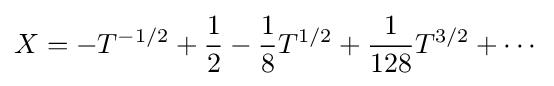
X=-T^{-1/2}+{\frac {1}{2}}-{\frac {1}{8}}T^{1/2}+{\frac {1}{128}}T^{3/2}+\cdots